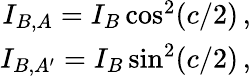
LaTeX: \begin{array}{r}{I_{B,A}=I_{B}\cos^{2}(c/2)\, ,}\\ {I_{B,A^{\prime}}=I_{B}\sin^{2}(c/2)\, ,}\end{array}